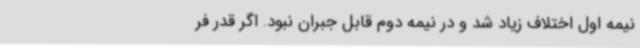
نیمه اول اختلاف زیاد شد و در نیمه دوم قابل جبران نبود. اگر قدر فر